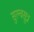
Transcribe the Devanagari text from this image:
सुल्वसूत्र